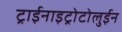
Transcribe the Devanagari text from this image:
ट्राईनाइट्रोटोलुईन